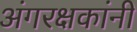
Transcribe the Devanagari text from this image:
अंगरक्षकांनी